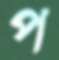
প